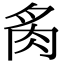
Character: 䏑